NAE_ERA_R-2324_Eesti_Vabariigi_Pohiseaduslik_Assamblee, lk 126
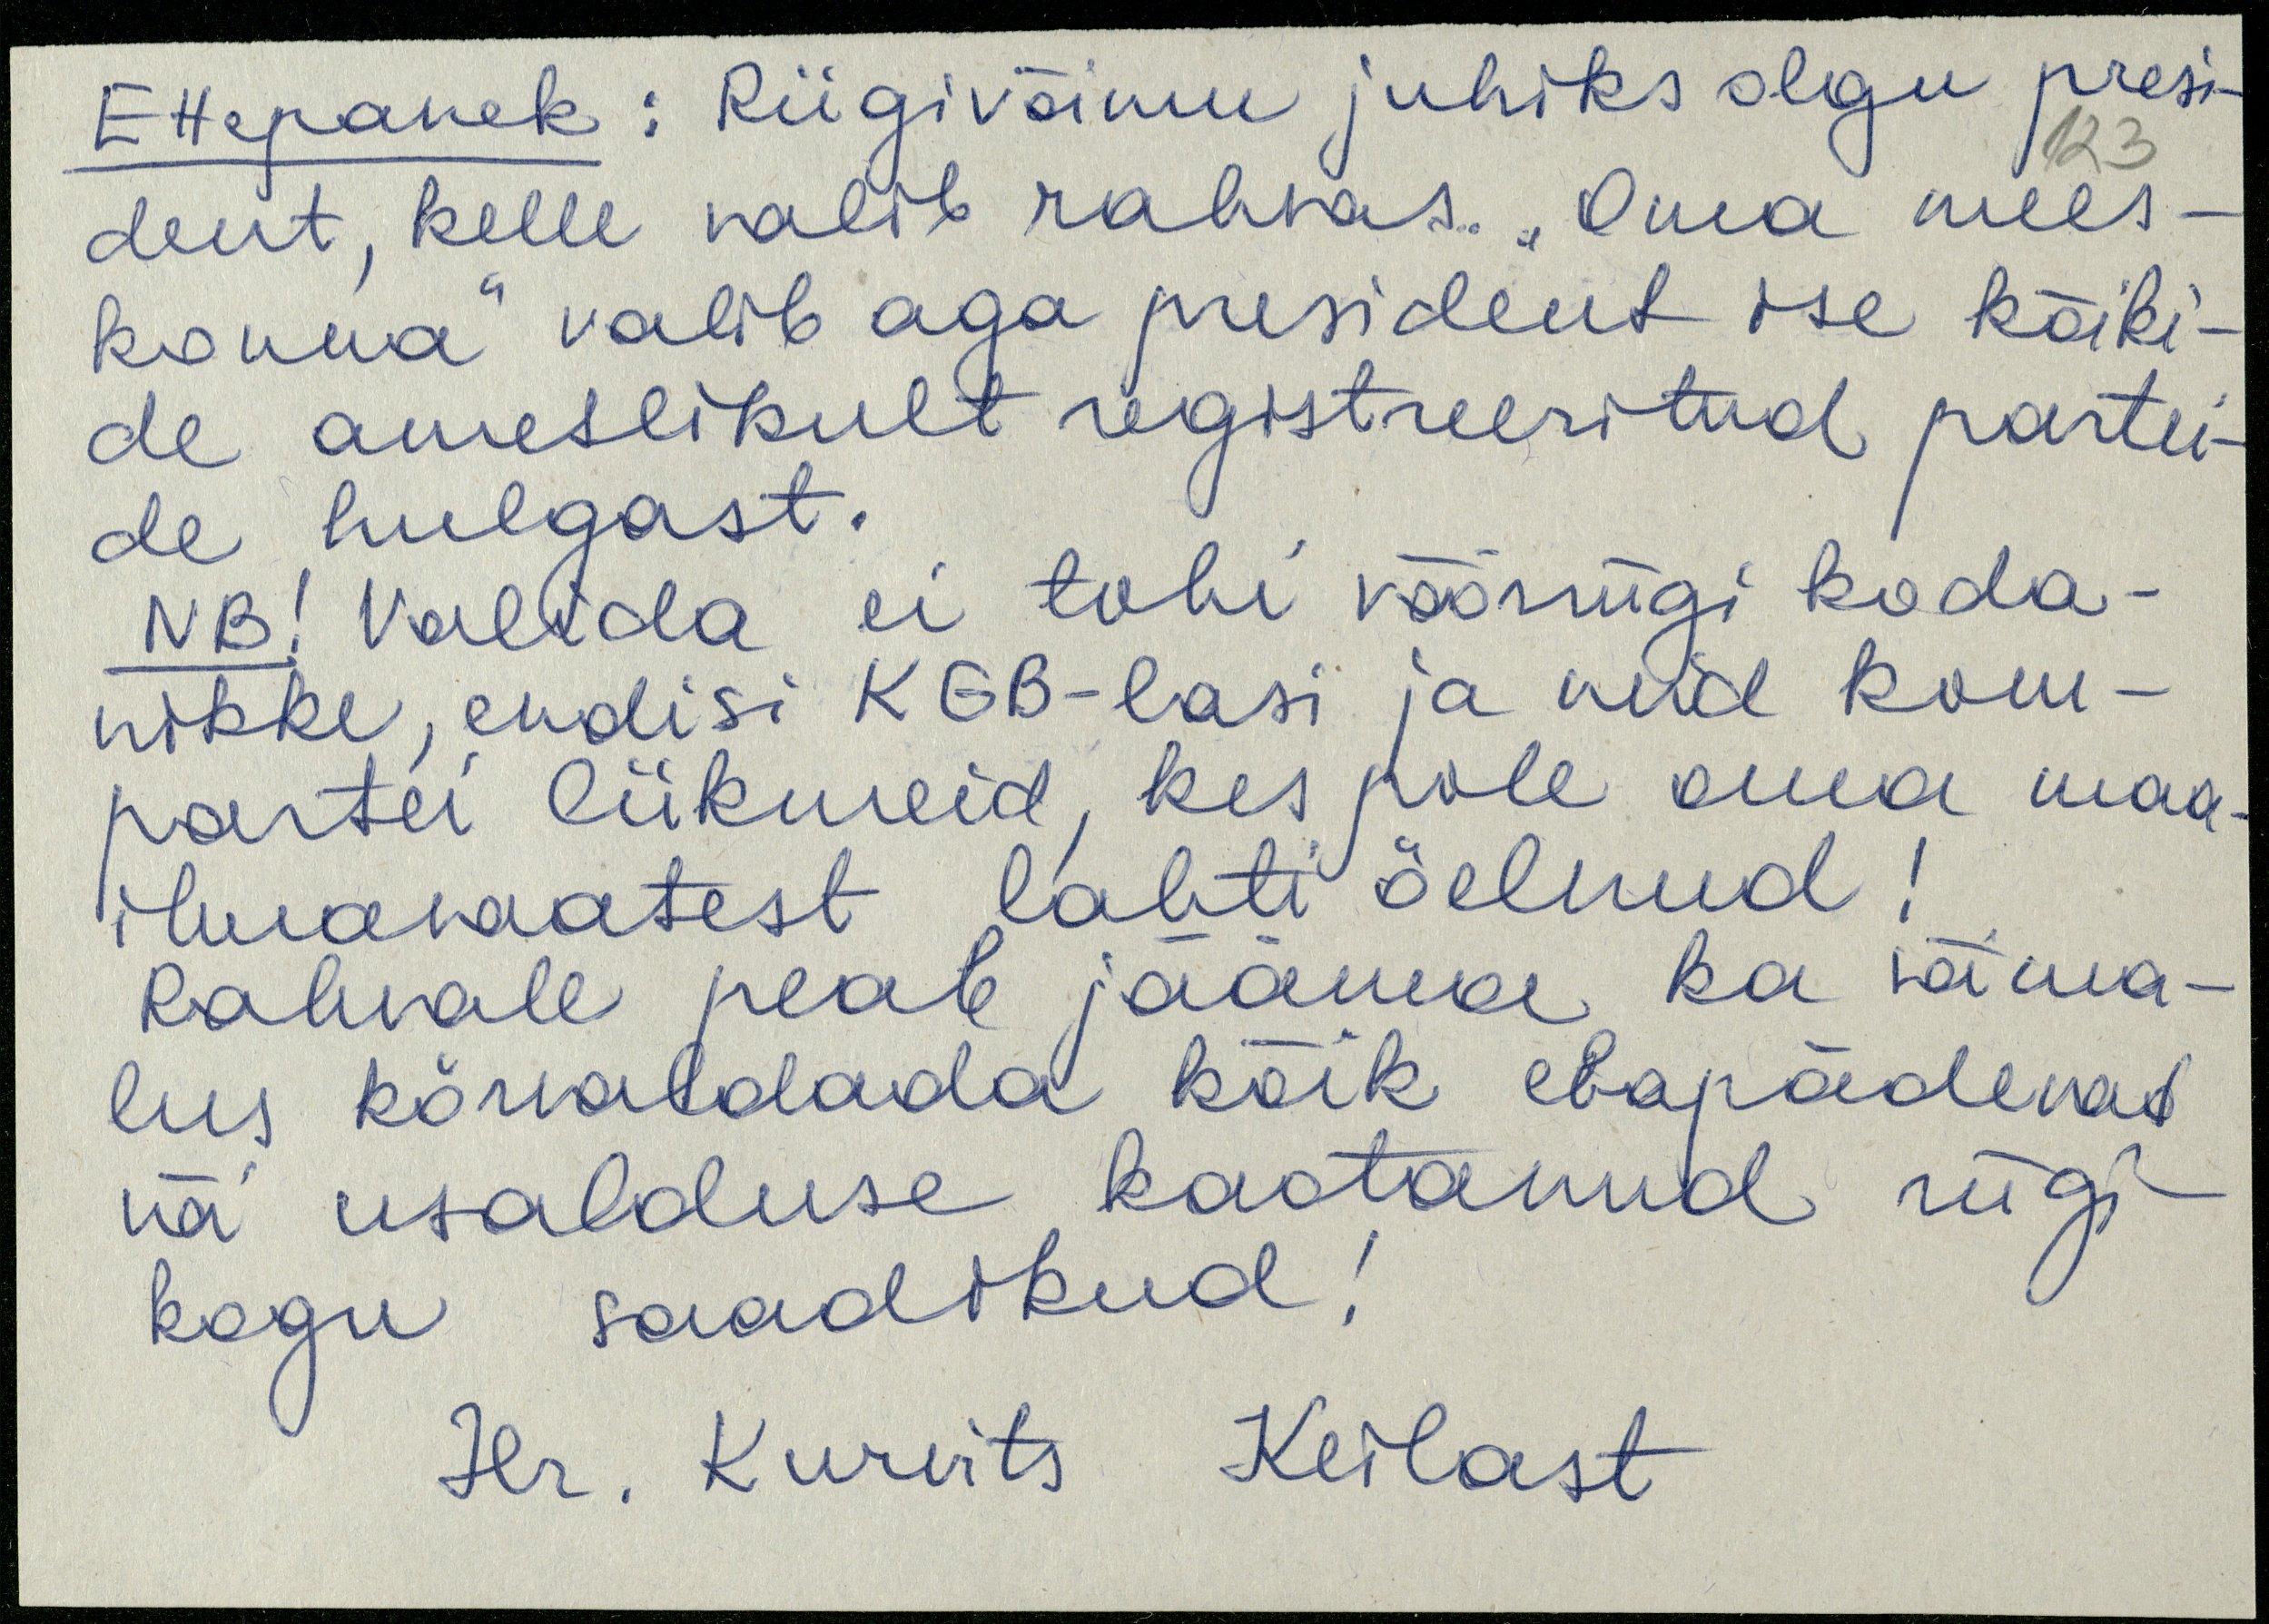
Ettepanek: Riigivõimu juhiks olgu presi
dent, kelle valib rahvas. „Oma mees
konna" valib aga president ise kõiki-
de ametlikult registreeritud partei-
de hulgast.
NB! Valida ei tohi võõrriigi koda-
nikke, endisi KGB-lasi ja neid kom-
partei liikmeid, kes pole oma maa-
ilmavaatest lahti öelnud!
Rahvale peab jääma ka võima-
lus kõrwaldada kõik ebapädevad
või usalduse kaotanud riigi-
kogu saadikud!
Hr. Kurvits Keilast